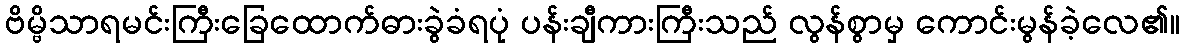
ဗိမ္ဗိသာရမင်းကြီးခြေထောက်ဓားခွဲခံရပုံ ပန်းချီကားကြီးသည် လွန်စွာမှ ကောင်းမွန်ခဲ့လေ၏။